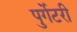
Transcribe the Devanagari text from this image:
पुर्गेटरी